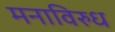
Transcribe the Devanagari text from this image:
मनाविरुध